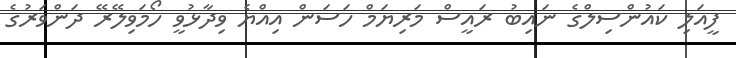
ފީއަލި ކައުންސިލްގެ ނައިބު ރައީސް މަރިޔަމް ހަސަން އިއްޔެ ވިދާޅުވީ ހޯމަވިލޭރޭ ދަންވަރުގެ